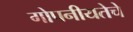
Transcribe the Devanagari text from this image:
गोपनीयतेचे